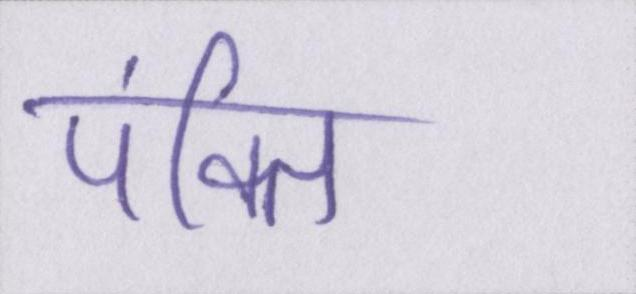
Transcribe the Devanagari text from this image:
पंक्ति